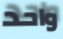
واحد